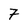
Character: 7